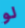
لو